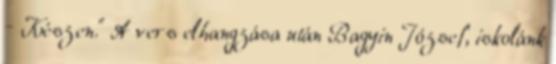
– Készen.” A vers elhangzása után Bagyin József, iskolánk